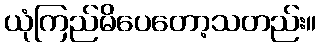
ယုံကြည်မိပေတော့သတည်း။